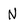
Character: N